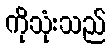
ကိုသုံးသည်